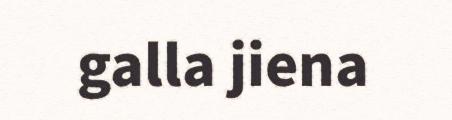
galla jiena